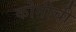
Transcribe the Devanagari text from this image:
कोनीची